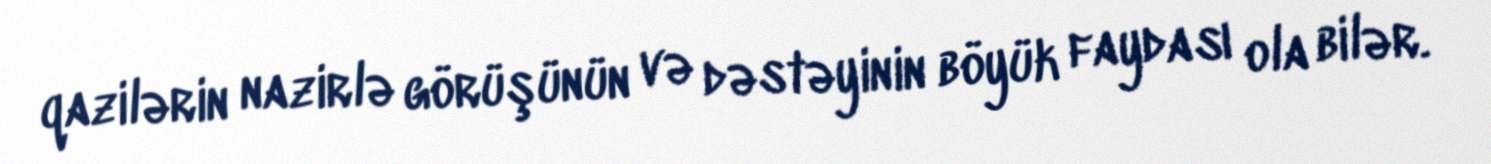
qazilərin nazirlə görüşünün və dəstəyinin böyük faydası ola bilər.